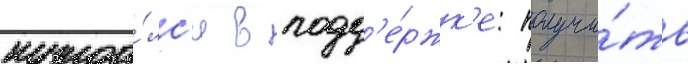
нужда́лс'я в подд'е́ржк'е: получи́ть